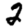
Digit: 2